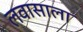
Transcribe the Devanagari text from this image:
लवासाला